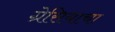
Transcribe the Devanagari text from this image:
ग्रेसियाचा